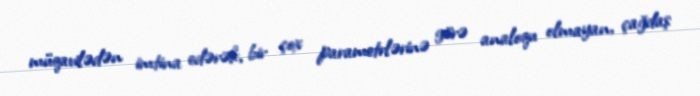
müqavilədən imtina edərək, bir çox parametrlərinə görə analoqu olmayan, çağdaş